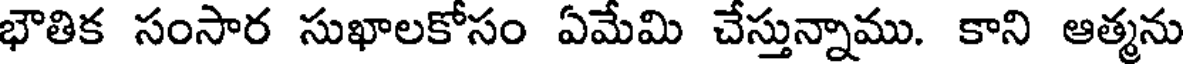
భౌతిక సంసార సుఖాలకోసం ఏమేమి చేస్తున్నాము. కాని ఆత్మను